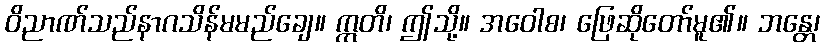
ဝိညာဏ်သည်နာဂသိန်မမည်ချေ။ ဣတိ၊ ဤသို့။ အဝေါစ၊ ဖြေဆိုတော်မူ၏။ ဘန္တေ၊